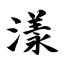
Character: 漾